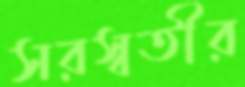
সরস্বতীর